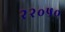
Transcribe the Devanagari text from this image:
२२०५०